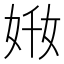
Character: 𡜘